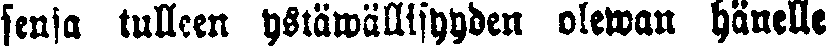
sensa tulleen ystäwällisyyden olewan hänelle